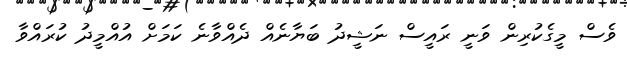
ވެސް މީގެކުރިން ވަނީ ރައީސް ނަޝީދު ބަޔާނެއް ދެއްވާނެ ކަމަށް އުއްމީދު ކުރައްވާ